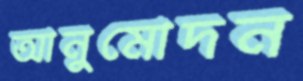
আনুমোদন